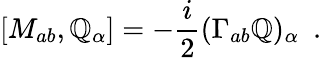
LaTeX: [M_{ab},\mathbb{Q}_{\alpha}]=-\frac{{i}}{{2}}(\Gamma_{ab}\mathbb{Q})_{\alpha}~~.